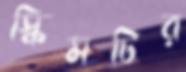
স্কিমটির